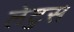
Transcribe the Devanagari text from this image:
लेटुस